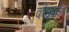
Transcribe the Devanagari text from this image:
कोंडवाडेच